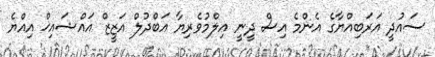
ސައުދީ އަރަބިއްޔާގެ އެންމެ އިސް ދީނީ އިލްމުވެރިޔާ އަބްދުލް އަޒީޒް އައްޝައިޚް އިއްޔެ